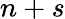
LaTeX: n+s